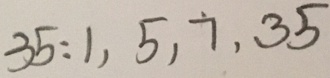
3 5 : 1 , 5 , 7 , 3 5